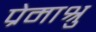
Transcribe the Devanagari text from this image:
प्रेमाश्रु